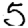
Digit: 5